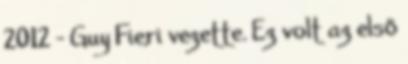
2012 – Guy Fieri vezette. Ez volt az első